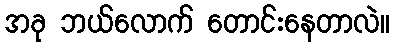
အခု ဘယ်လောက် တောင်းနေတာလဲ။